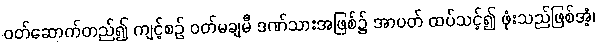
ဝတ်ဆောက်တည်၍ ကျင့်စဉ် ဝတ်မချမီ ဒဏ်သားအဖြစ်၌ အာပတ် ထပ်သင့်၍ ဖုံးသည်ဖြစ်အံ့၊